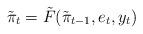
LaTeX: \begin{align*}\tilde{\pi}_t = \tilde{F}(\tilde{\pi}_{t-1},e_t,y_t)\end{align*}